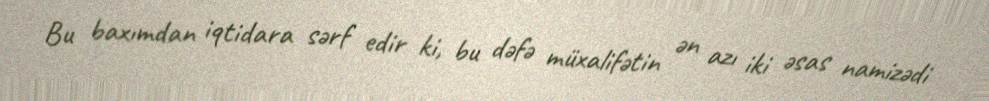
Bu baxımdan iqtidara sərf edir ki, bu dəfə müxalifətin ən azı iki əsas namizədi